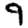
Digit: 9